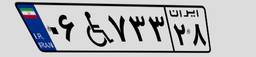
۰۶W۷۳۳۲۸